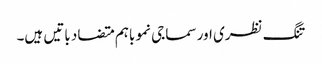
تنگ نظری اور سماجی نمو باہم متضاد باتیں ہیں۔